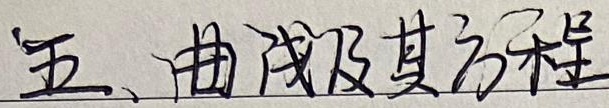
五、曲线及其方程